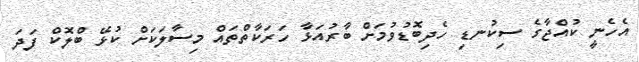
އެހެނީ ކުއްޖާގެ ސިކުނޑި ހެދިބޮޑުވުމަށް ބާރުއަޅާ ހަރަކާތްތައް މިސާލަކަށް ކުޅޭ ބްލޮކް ފަދަ